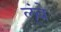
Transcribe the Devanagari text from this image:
ल्ंबे